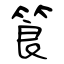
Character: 筤